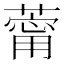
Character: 䔭